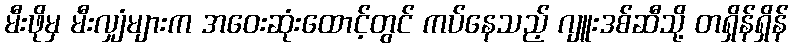
မီးဖိုမှ မီးလျှံများက အဝေးဆုံးထောင့်တွင် ကပ်နေသည့် ဂျူးဒစ်ဆီသို့ တရှိန်ရှိန်